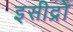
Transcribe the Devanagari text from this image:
इसीद्रो